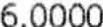
6.0000